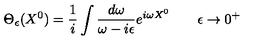
\Theta _ { \epsilon } ( X ^ { 0 } ) = \frac { 1 } { i } \int \frac { d \omega } { \omega - i \epsilon } e ^ { i \omega X ^ { 0 } } \qquad \epsilon \to 0 ^ { + }